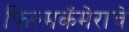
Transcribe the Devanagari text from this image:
फिल्मकॅमेराचे